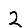
Digit: 2